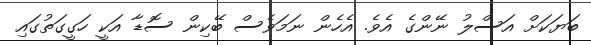
ބަޔަކަށް އަސްލު ނޭންގެ އެވެ. އެހެން ނަމަވެސް ބޭކިން ސޮޑާ އަކީ ހަގީގަތުގައި